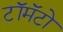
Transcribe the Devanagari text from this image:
टॉमॅटो